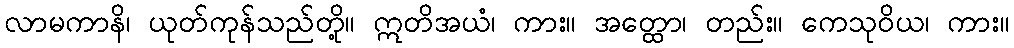
လာမကာနိ၊ ယုတ်ကုန်သည်တို့။ ဣတိအယံ၊ ကား။ အတ္ထော၊ တည်း။ ကေသုဝိယ၊ ကား။